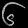
Digit: ၆